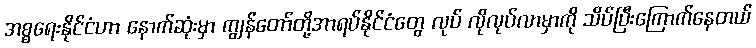
အစ္စရေးနိုင်ငံဟာ နောက်ဆုံးမှာ ကျွန်တော်တို့အာရပ်နိုင်ငံတွေ လုပ် လိုလုပ်လာမှာကို သိပ်ပြီးကြောက်နေတယ်